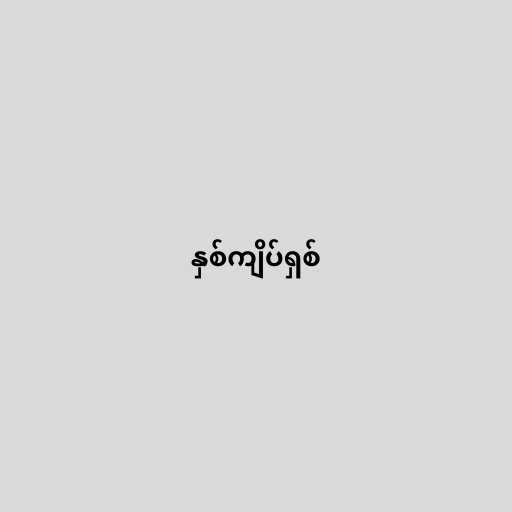
နှစ်ကျိပ်ရှစ်